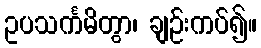
ဥပသင်္ကမိတွာ၊ ချဉ်းကပ်၍။